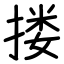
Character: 搂